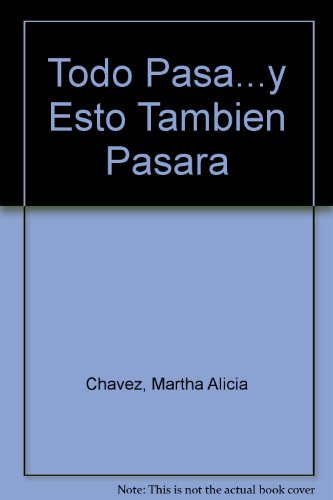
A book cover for Todo Pasa...y Esto Tambien Pasara (Spanish Edition); Martha Alicia Chavez; Teen & Young Adult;